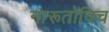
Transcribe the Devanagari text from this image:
नारूतोविच